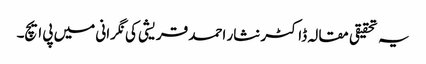
یہ تحقیقی مقالہ ڈاکٹر نثار احمد قریشی کی نگرانی میں پی ایچ۔